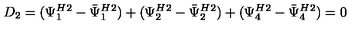
D _ { 2 } = ( { \Psi _ { 1 } ^ { H } } { } ^ { 2 } - { \bar { \Psi } _ { 1 } ^ { H } } { } ^ { 2 } ) + ( { \Psi _ { 2 } ^ { H } } { } ^ { 2 } - { \bar { \Psi } _ { 2 } ^ { H } } { } ^ { 2 } ) + ( { \Psi _ { 4 } ^ { H } } { } ^ { 2 } - { \bar { \Psi } _ { 4 } ^ { H } } { } ^ { 2 } ) = 0